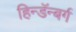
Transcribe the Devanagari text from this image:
हिन्डॅन्बर्ग